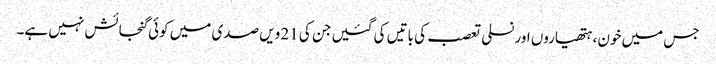
جس میں خون، ہتھیاروں اور نسلی تعصب کی باتیں کی گئیں جن کی 21 ویں صدی میں کوئی گنجائش نہیں ہے۔